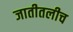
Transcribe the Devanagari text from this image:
जातीतलीच